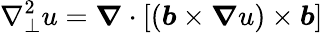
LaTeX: \nabla_{\bot}^{2}u=\boldsymbol{\nabla}\cdot\left[(\boldsymbol{b}\times\boldsymbol{\nabla}u)\times\boldsymbol{b}\right]